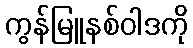
ကွန်မြူနစ်ဝါဒကို